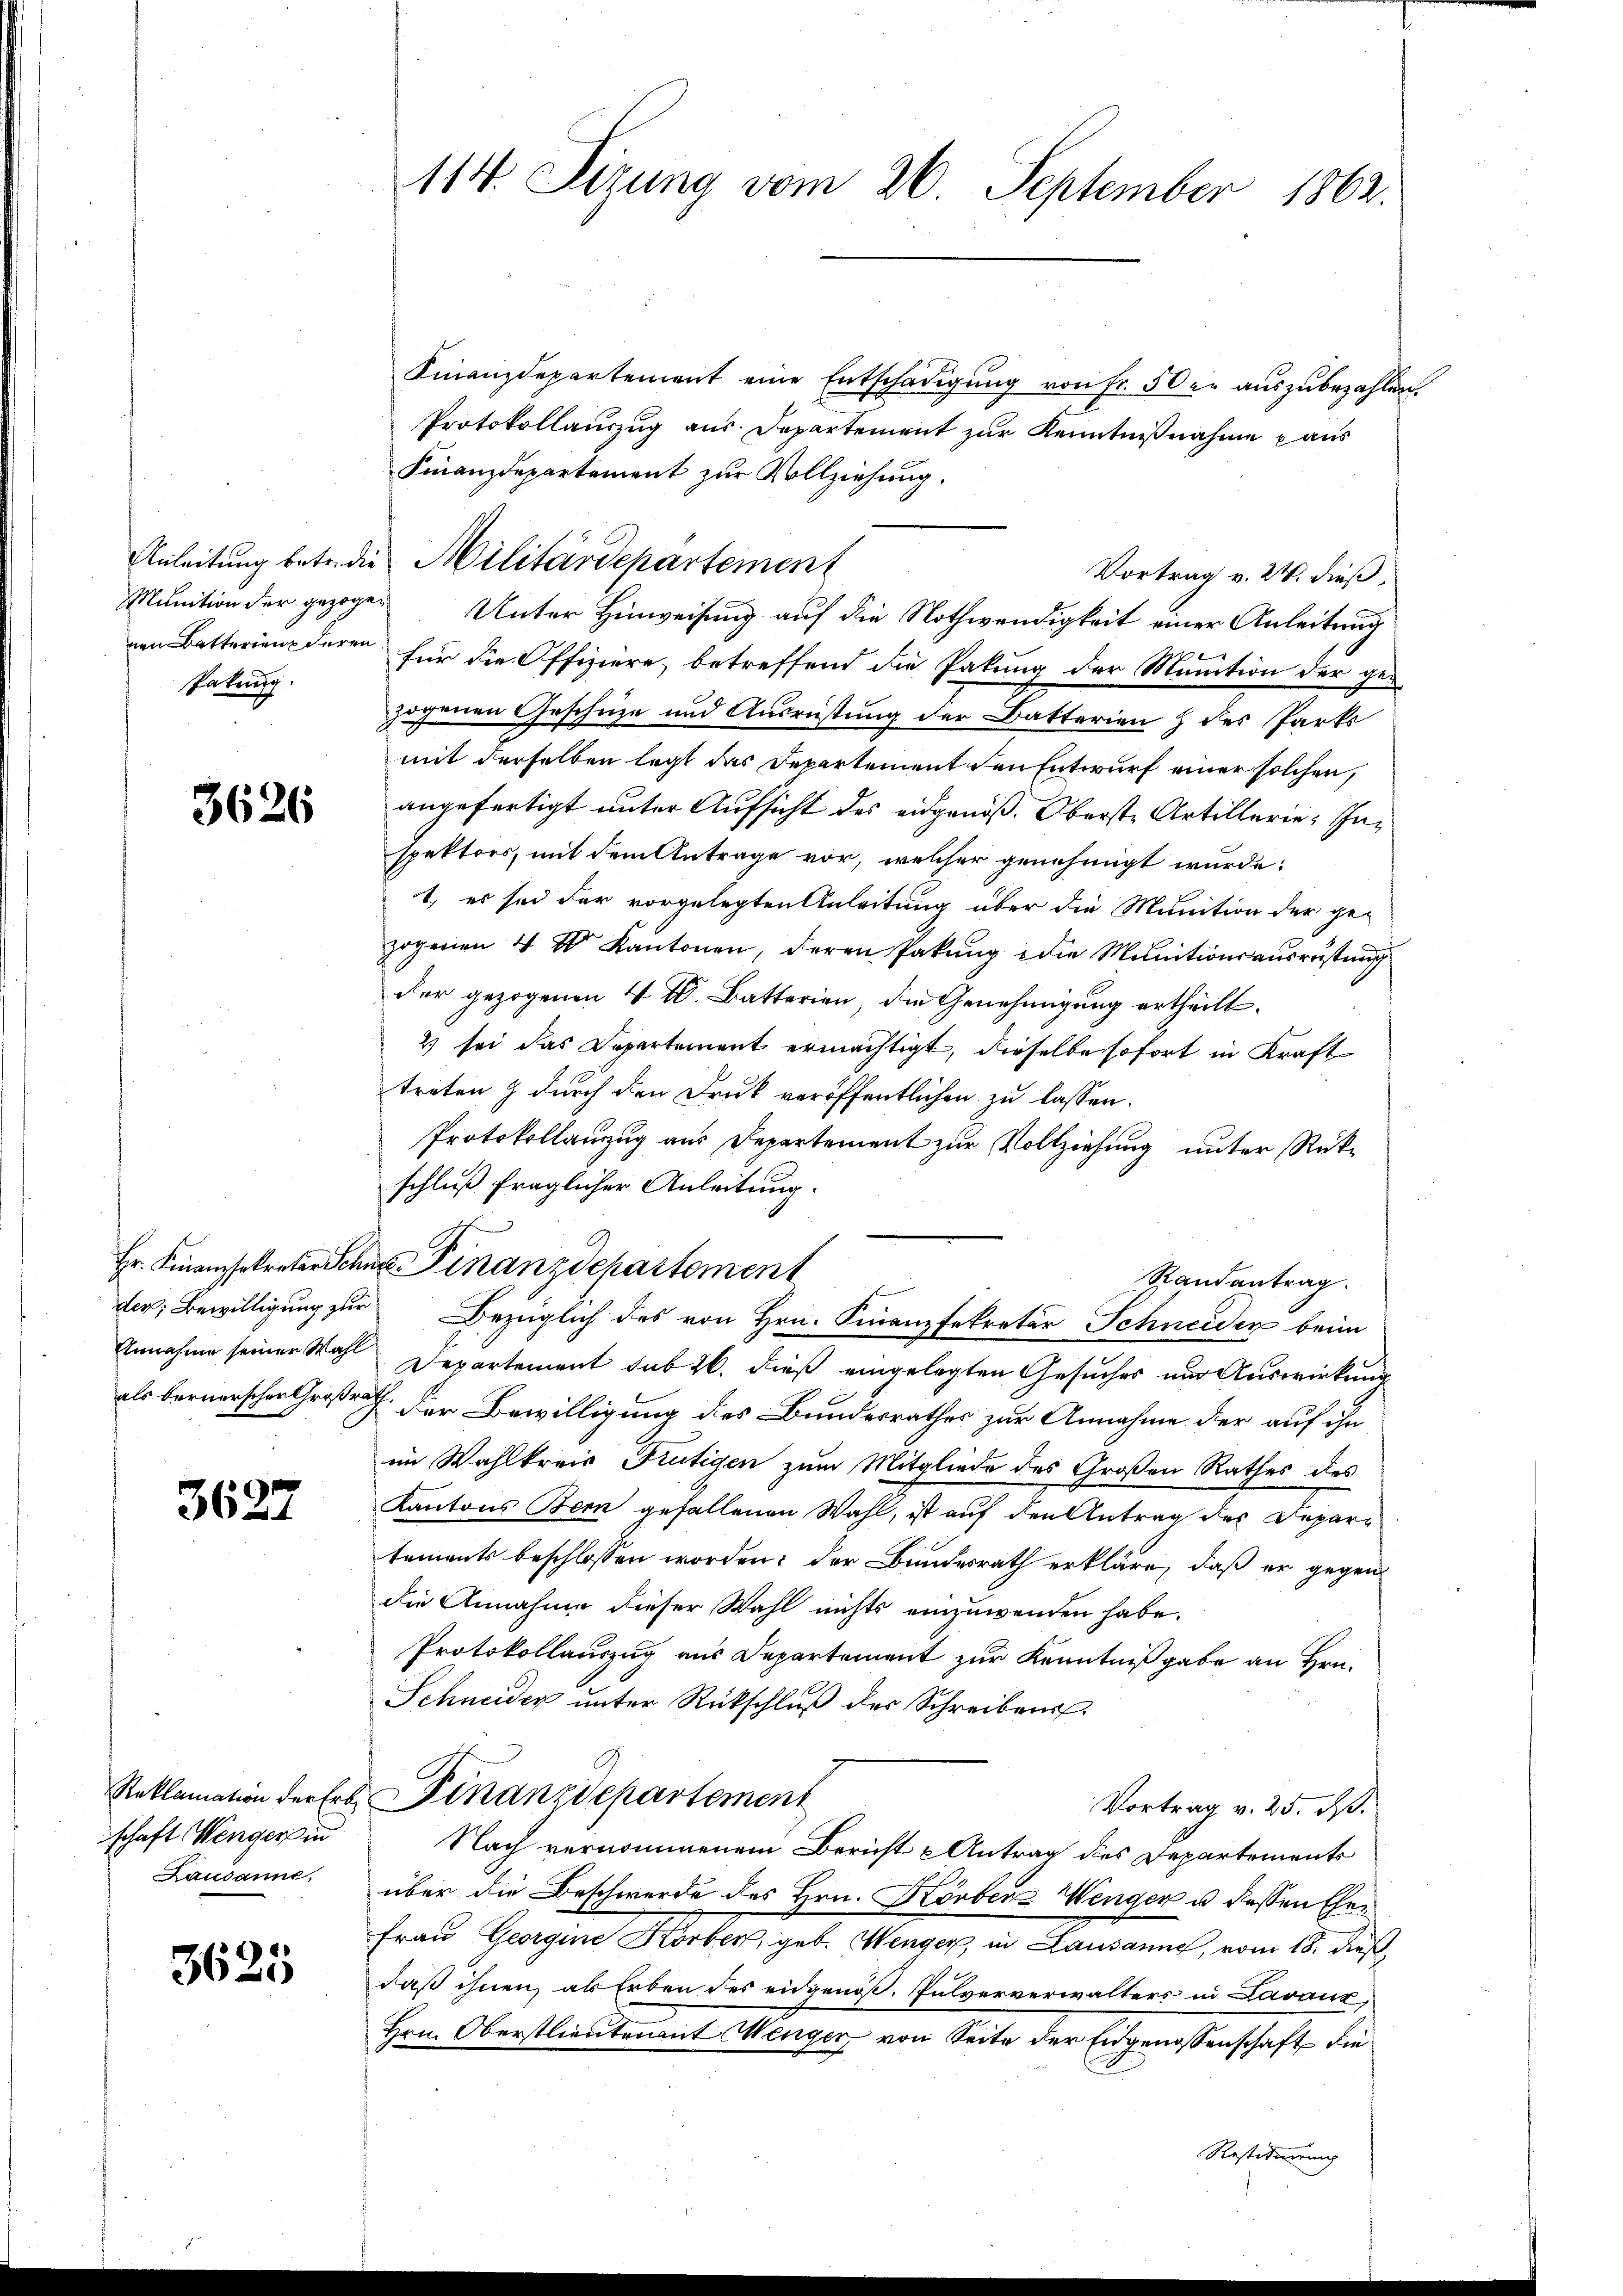
Pakung.

3626

Hr. Finanzsekretär Sch
als bernerscher Großrath

3627

Reklamation der Erbs
schaft Wenger in
Lausanne,

3625

114. Sizung vom 26. September 1862.

Finanzdepartement eine Entschädigung von Fr. 50 er auszubezahlen.
Protokollauszug aus. Departement zur Kenntnißnahme aus
Finanzdepartement zur Vollziehung.
Vortrag v. 24. dieß,
Munition der gezogen Unter Hinweisung auf die Nothwendigkeit einer Anleitung
nen Batterienderen für die Offiziere, betreffend die Pakung der Munition der gezogenen Geschüze und Ausrüstung der Batterien & des Parks
mit derselben legt das Departement den Entwurf einer solchen,
angefertigt unter Aufsicht des eidgenöß. Oberste Artillerie Inspektors, mit dem Antrage vor, welcher genehmigt wurde:
1. es sei der vorgelegten Anleitung über die Munition der ge-
zogenen 4 I Kantonen, deren Pakŭng die Munitionsausrüstung
der gezogenen 4 W. Batterien, die Genehmigung ertheilt.
2 sei das Departement ermächtigt, dieselbe sofort in Kraft
treten & durch den Druck veröffentlichen zu lassen.
Protokollanzug aus Departement zur Vollziehung unter Rückschluß fraglicher Anleitung.
 Finanzdepartement
Randantrag.
der; Bewilligung zur Bezüglich des von Hrn. Finanzsekretär Schneiden beim
Annahme seiner Wahl Departement sub 26. dieß eingelegten Gesuches und Auswirkung
der Bewilligung des Bundesrathes zur Annahme der auf ihn
im Wahlkreis Frutigen zum Mitgliede des Großen Rathes des
Kantons Bem gefallenen Wahl, ist auf den Antrag der Depari
tements beschlossen worden; der Bundesrath erkläre, daß er gegen
die Annahme dieser Wahl nichts einzuwenden habe.
Protokollauszug aus Departement zur Kenntniß gabe an Hrn.
Schneider ŭnter Rückschlŭβ der Schreibens
Finanzdepartement
Vortrag v. 25. dß.
Nach vernommenem Bericht Antrag des Departements
über die Beschwerde des Hrn. Körben Wenger u. dessen Ehe¬
Frau Georgine Körber, geb. Wenger, in Lausanne, vom 18. dieß,
daß ihnen, als Erben des eidgenöß. Pulververwalters in Lavaux,
Hrn. Oberstlieutenant Menger von Seite der Eidgenossenschaft die

Anleitung betr.die Militärdepartement